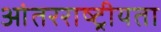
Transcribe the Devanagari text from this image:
आंतरराष्ट्रीयता